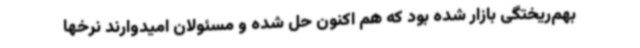
بهم‌ریختگی بازار شده بود که هم اکنون حل شده و مسئولان امیدوارند نرخها